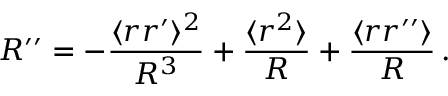
R ^ { \prime \prime } = - \frac { \langle r r ^ { \prime } \rangle ^ { 2 } } { R ^ { 3 } } + \frac { \langle r ^ { 2 } \rangle } { R } + \frac { \langle r r ^ { \prime \prime } \rangle } { R } \, .